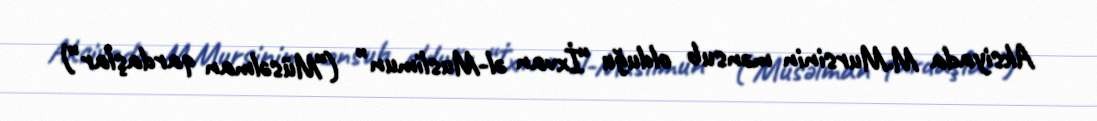
Aksiyada M.Mursinin mənsub olduğu “İxvan əl-Muslimun” (“Müsəlman qardaşlar”)